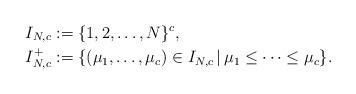
LaTeX: \begin{align*}I_{N, c}&:=\{1, 2, \ldots , N\}^{c}, \\ I_{N, c}^{+}&:=\{ (\mu_{1}, \ldots , \mu_{c}) \in I_{N, c} \, | \, \mu_{1}\le \cdots \le \mu_{c}\}. \end{align*}